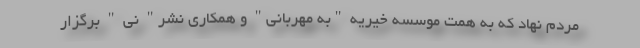
مردم نهاد که به همت موسسه خیریه "به مهربانی" و همکاری نشر" نی " برگزار